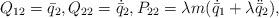
LaTeX: \begin{align*} Q_{12} = \bar{q}_2 , Q_{22} = \dot{\bar{q}}_2 , P_{22} = \lambda m ( \dot{\bar{q}}_1 + \lambda \ddot{\bar{q}}_2 ) ,\end{align*}